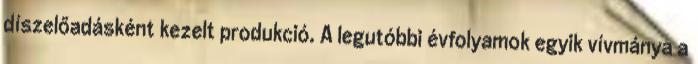
díszelőadásként kezelt produkció. A legutóbbi évfolyamok egyik vívmánya a